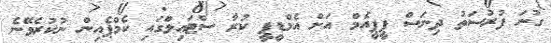
ގުނަ ފުރުސަތު ދިނަސް ޕީޕީއެމް އަށް އެމްޑީޕީ ކުރާ ސްޓައިލްގައި ކެމްޕެއިން ނުކުރެވޭނެ